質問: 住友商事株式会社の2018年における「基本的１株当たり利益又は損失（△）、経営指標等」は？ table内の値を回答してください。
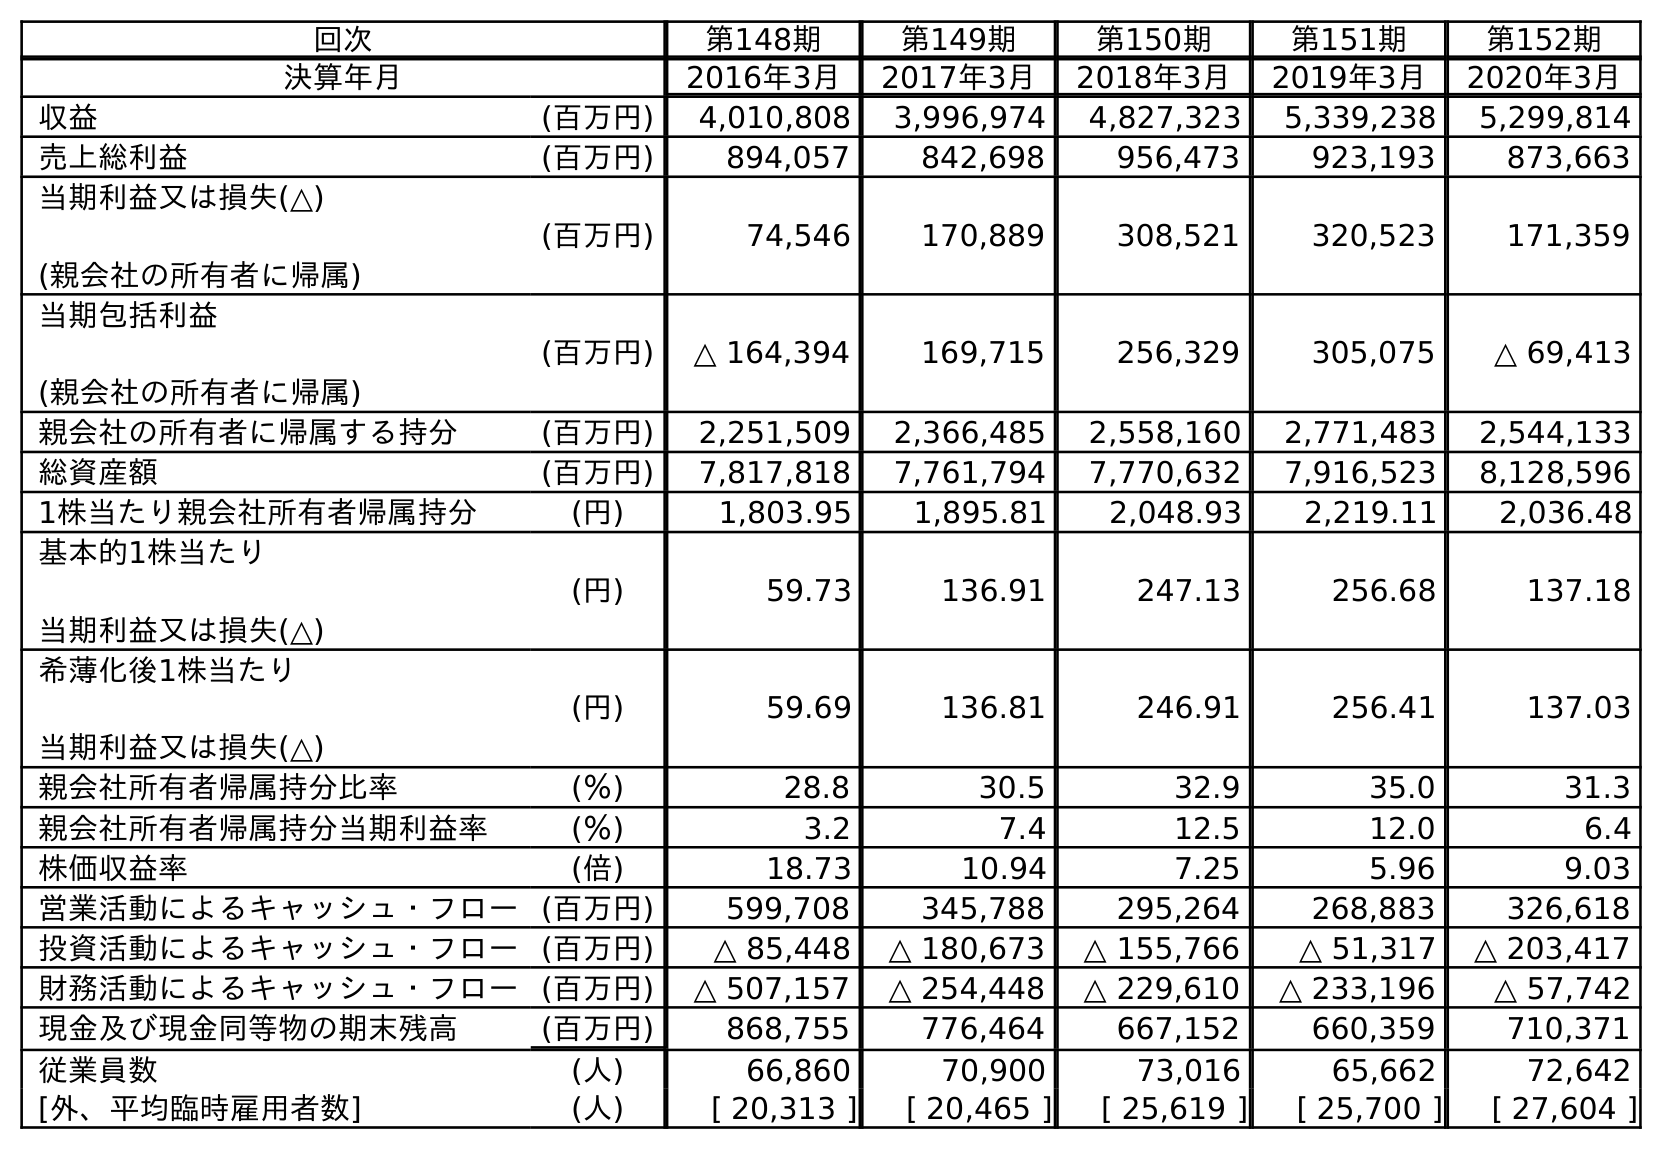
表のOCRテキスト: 回次 第148期 第149期 第150期 第151期 第152期 決算年月 2016年3月 2017年3月 2018年3月 2019年3月 2020年3月 収益 (百万円) 4,010,808 3,996,974 4,827,323 5,339,238 5,299,814 売上総利益 (百万円) 894,057 842,698 956,473 923,193 873,663 当期利益又は損失(△) (親会社の所有者に帰属) (百万円) 74,546 170,889 308,521 320,523 171,359 当期包括利益 (親会社の所有者に帰属) (百万円) △ 164,394 169,715 256,329 305,075 △ 69,413 親会社の所有者に帰属する持分 (百万円) 2,251,509 2,366,485 2,558,160 2,771,483 2,544,133 総資産額 (百万円) 7,817,818 7,761,794 7,770,632 7,916,523 8,128,596 1株当たり親会社所有者帰属持分 (円) 1,803.95 1,895.81 2,048.93 2,219.11 2,036.48 基本的1株当たり 当期利益又は損失(△) (円) 59.73 136.91 247.13 256.68 137.18 希薄化後1株当たり 当期利益又は損失(△) (円) 59.69 136.81 246.91 256.41 137.03 親会社所有者帰属持分比率 (％) 28.8 30.5 32.9 35.0 31.3 親会社所有者帰属持分当期利益率 (％) 3.2 7.4 12.5 12.0 6.4 株価収益率 (倍) 18.73 10.94 7.25 5.96 9.03 営業活動によるキャッシュ・フロー(百万円) 599,708 345,788 295,264 268,883 326,618 投資活動によるキャッシュ・フロー(百万円) △ 85,448 △ 180,673 △ 155,766 △ 51,317 △ 203,417 財務活動によるキャッシュ・フロー(百万円) △ 507,157 △ 254,448 △ 229,610 △ 233,196 △ 57,742 現金及び現金同等物の期末残高 (百万円) 868,755 776,464 667,152 660,359 710,371 従業員数 (人) 66,860 70,900 73,016 65,662 72,642 [外、平均臨時雇用者数] (人) [ 20,313 ] [ 20,465 ] [ 25,619 ] [ 25,700 ] [ 27,604 ]
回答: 247.13